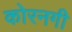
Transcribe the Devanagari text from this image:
कोरनगी